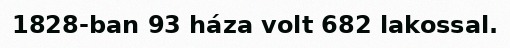
1828-ban 93 háza volt 682 lakossal.